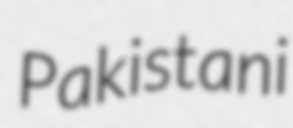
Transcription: Pakistani